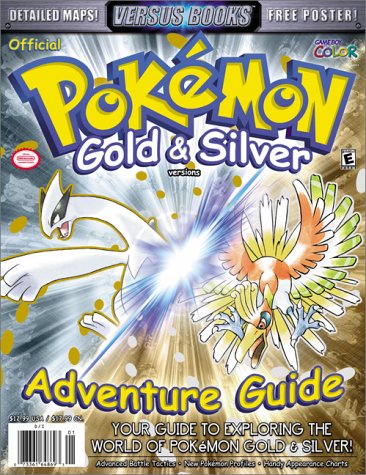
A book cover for Versus Books Official Pokemon Gold & Silver Adventure Guide; Versus Books Staff; Computers & Technology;